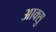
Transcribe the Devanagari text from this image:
आक्सु